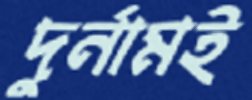
দুর্নামই